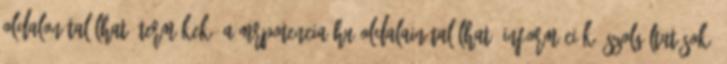
oldalon található termékek? A MrPotencia.hu oldalain található információk, szolgáltatások,